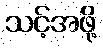
သင့်အဖို့